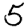
Digit: 5